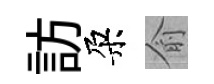
訪朶俞